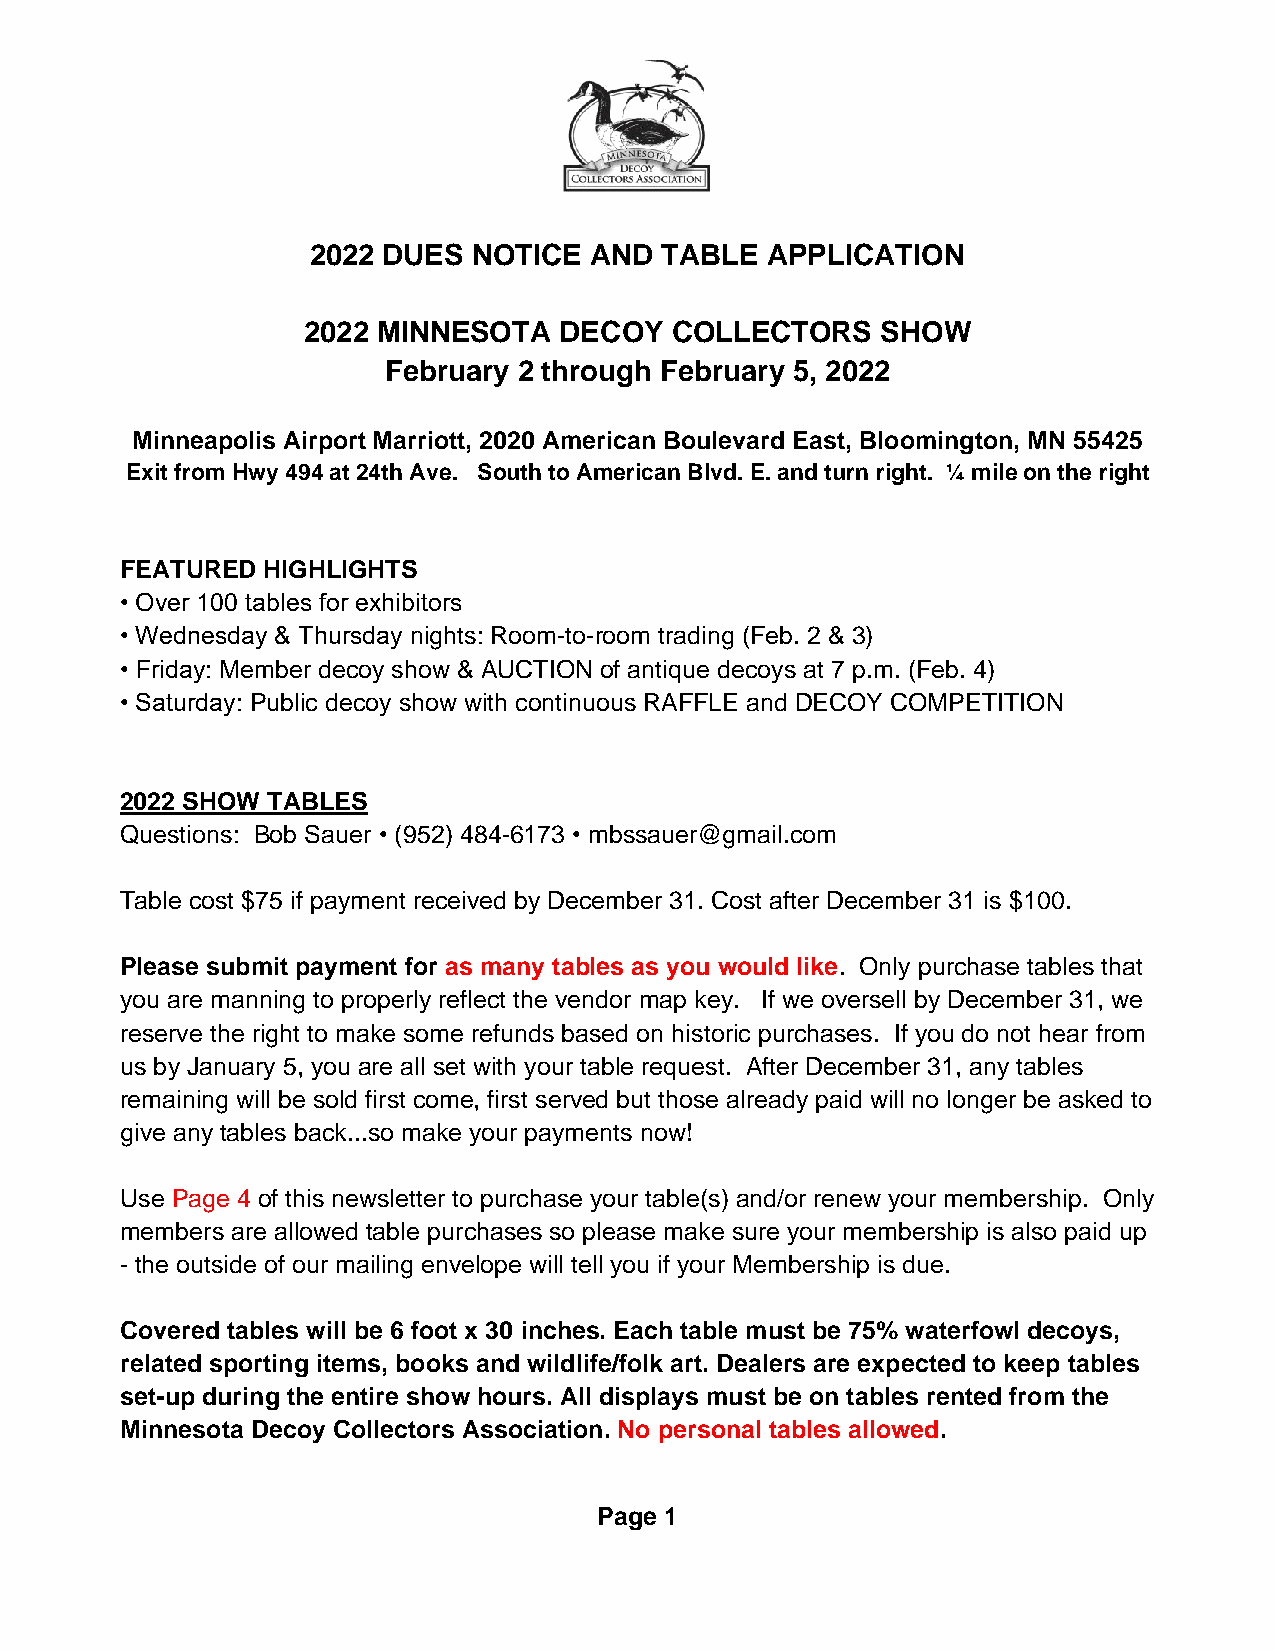
2022 DUES NOTICE  AND  TABLE  APPLICATION
 2022 MINNESOTA   DECOY  COLLECTORS    SHOW
 February 2 through February 5, 2022
 Minneapolis Airport Marriott, 2020 American Boulevard East, Bloomington, MN 55425
 Exit from Hwy 494 at 24th Ave. South to American Blvd. E. and turn right. ¼ mile on the right
 FEATURED HIGHLIGHTS
 • Over 100 tables for exhibitors
 • Wednesday & Thursday nights: Room-to-room trading (Feb. 2 & 3)
 • Friday: Member decoy show & AUCTION of antique decoys at 7 p.m. (Feb. 4)
 • Saturday: Public decoy show with continuous RAFFLE and DECOY COMPETITION
 2022 SHOW TABLES
 Questions: Bob Sauer • (952) 484-6173 • mbssauer@gmail.com
 Table cost $75 if payment received by December 31. Cost after December 31 is $100.
 Please submit payment for as many tables as you would like. Only purchase tables that
 you are manning to properly reflect the vendor map key. If we oversell by December 31, we
 reserve the right to make some refunds based on historic purchases. If you do not hear from
 us by January 5, you are all set with your table request. After December 31, any tables
 remaining will be sold first come, first served but those already paid will no longer be asked to
 give any tables back...so make your payments now!
 Use Page 4 of this newsletter to purchase your table(s) and/or renew your membership. Only
 members are allowed table purchases so please make sure your membership is also paid up
 - the outside of our mailing envelope will tell you if your Membership is due.
 Covered tables will be 6 foot x 30 inches. Each table must be 75% waterfowl decoys,
 related sporting items, books and wildlife/folk art. Dealers are expected to keep tables
 set-up during the entire show hours. All displays must be on tables rented from the
 Minnesota Decoy Collectors Association. No personal tables allowed.
 Page 1